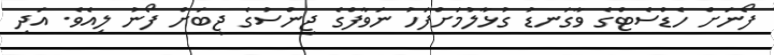
ފޯނަށް ހެޑްސެޓްގެ ވާގަނޑު ގުޅާލުމަށްފަހު ނަވާފްގެ ޖިންސުގެ ޖީބަށް ފޯނު ލިއެވެ. އަދި